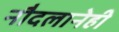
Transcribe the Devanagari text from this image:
नौदलानेही